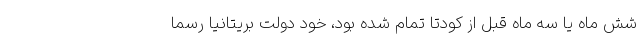
شش ماه یا سه ماه قبل از کودتا تمام شده بود، خود دولت بریتانیا رسما